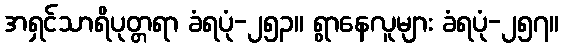
အရှင်သာရိပုတ္တရာ ခံရပုံ-၂၅၃။ ရွာနေလူများ ခံရပုံ-၂၅၇။